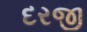
દરજી